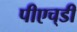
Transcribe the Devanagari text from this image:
पीएच्‌डी